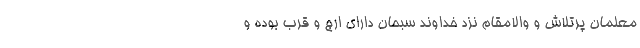
معلمان پرتلاش و والامقام نزد خداوند سبحان دارای ارج و قُرب بوده و